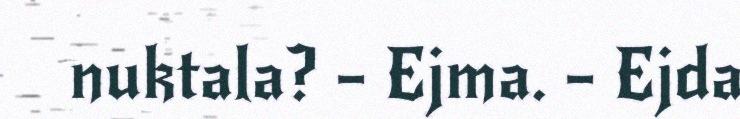
nuktala? – Ejma. – Ejda